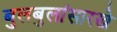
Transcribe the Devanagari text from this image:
बुलबुलांसारखे